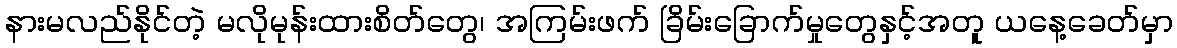
နားမလည်နိုင်တဲ့ မလိုမုန်းထားစိတ်တွေ၊ အကြမ်းဖက် ခြိမ်းခြောက်မှုတွေနှင့်အတူ ယနေ့ခေတ်မှာ